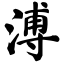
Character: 溥